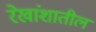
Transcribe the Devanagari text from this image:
रेखांशातील